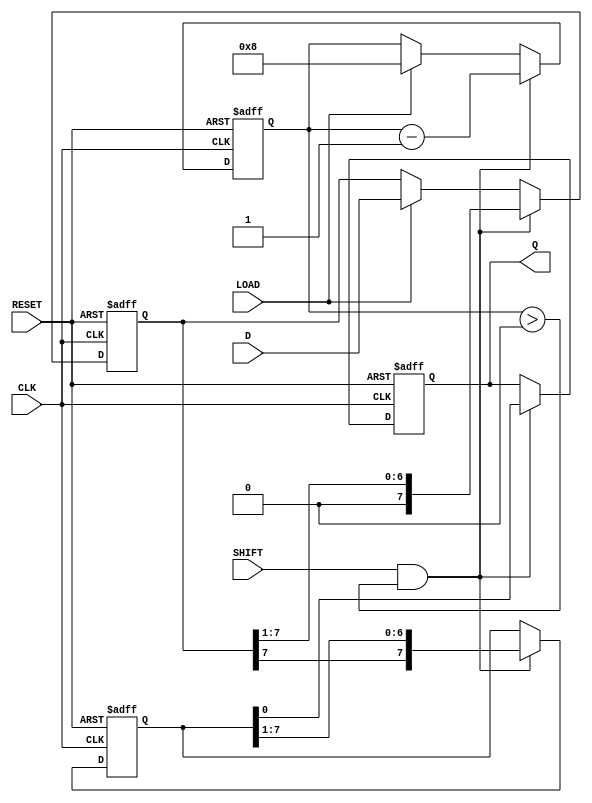
module TwoStagePISO #(parameter N = 8) (
    input wire [N-1:0] D,    // Parallel data input
    input wire LOAD,          // Load signal
    input wire SHIFT,         // Shift signal
    input wire CLK,           // Clock signal
    input wire RESET,         // Asynchronous reset
    output reg Q              // Serial output
);

    // Internal registers for stages
    reg [N-1:0] stage1;       // Input Stage
    reg [N-1:0] stage2;       // Output Stage
    reg [N-1:0] counter;      // Bit counter for shifting

    always @(posedge CLK or posedge RESET) begin
        if (RESET) begin
            // Asynchronous reset
            stage1 <= 0;
            stage2 <= 0;
            Q <= 0;
            counter <= 0;
        end else begin
            if (LOAD) begin
                // Load data into the first stage
                stage1 <= D;
                counter <= N; // Reset the counter for shifting
            end 
            if (SHIFT && counter > 0) begin
                // Shift data from stage1 to stage2 and output Q
                stage2 <= {stage1[N-1], stage2[N-1:1]}; // Shift left
                Q <= stage2[0]; // Output the LSB of stage2
                stage1 <= {1'b0, stage1[N-1:1]}; // Shift left in stage1
                counter <= counter - 1; // Decrement the counter
            end
        end
    end

endmodule